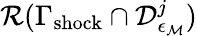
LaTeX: \mathcal{R}(\Gamma_{\mathrm{shock}}\cap\mathcal{D}_{\epsilon_{\mathcal{M}}}^{j})